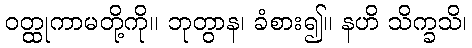
ဝတ္ထုကာမတို့ကို။ ဘုတွာန၊ ခံစား၍။ နဟိ သိက္ခသိ၊